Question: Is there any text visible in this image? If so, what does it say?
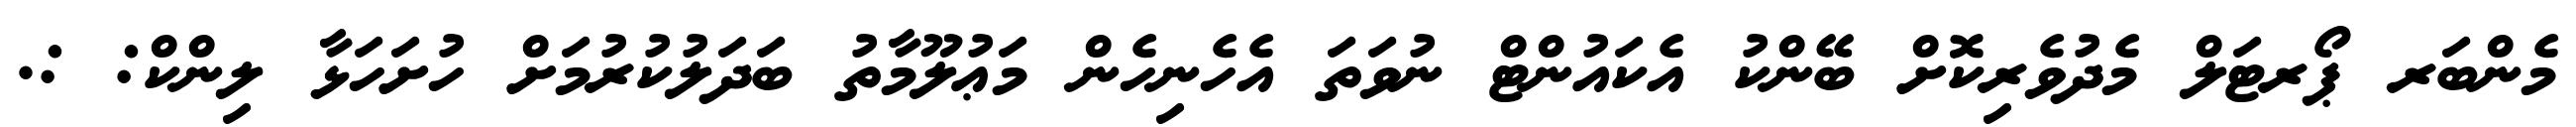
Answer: މެންބަރ ޕޯރޓަލް މެދުވެރިކޮށް ބޭންކު އެކައުންޓް ނުވަތަ އެހެނިހެން މަޢުލޫމާތު ބަދަލުކުރުމަށް ހުށަހަޅާ ލިންކް: :.